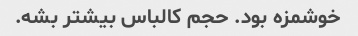
خوشمزه بود. حجم کالباس بیشتر بشه.